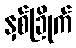
နှစ်ခြိုက်